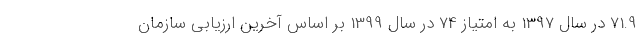
71.9 در سال 1397 به امتیاز 74 در سال 1399 بر اساس آخرین ارزیابی سازمان